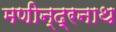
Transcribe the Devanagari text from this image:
मणीन्द्रनाथ